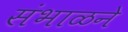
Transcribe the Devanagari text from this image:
संभाळने